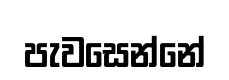
පැවසෙන්නේ